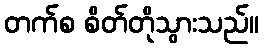
တက်စ စိတ်တိုသွားသည်။